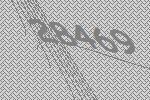
28469